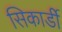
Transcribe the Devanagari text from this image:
सिकार्डी